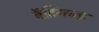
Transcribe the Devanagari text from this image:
बॅटिंगच्या